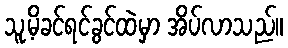
သူ့မိခင်ရင်ခွင်ထဲမှာ အိပ်လာသည်။